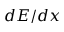
d E / d x